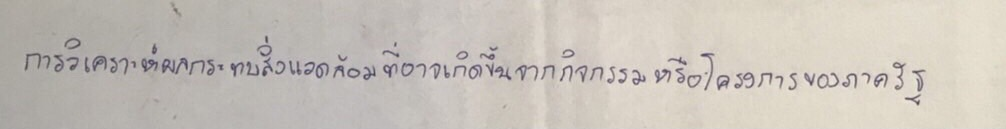
การวิเคราะห์ผลกระทบสิ่งแวดล้อมที่อาจเกิดขึ้นจากกิจกรรมหรือโครงการของภาครัฐ